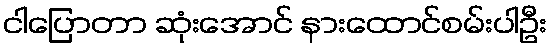
ငါပြောတာ ဆုံးအောင် နားထောင်စမ်းပါဦး